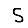
Digit: 5